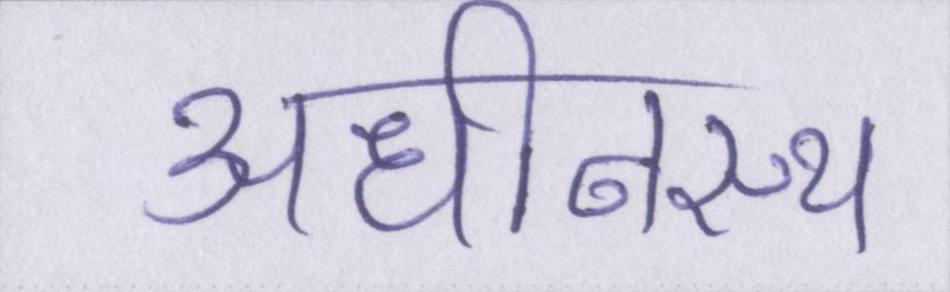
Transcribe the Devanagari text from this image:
अधीनस्थ